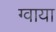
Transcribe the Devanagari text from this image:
ग्वाया